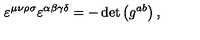
\varepsilon ^ { \mu \nu \rho \sigma } \varepsilon ^ { \alpha \beta \gamma \delta } = - \det \left( g ^ { a b } \right) ,